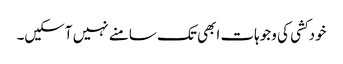
خودکشی کی وجوہات ابھی تک سامنے نہیں آسکیں۔